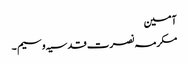
آمین
مکرمہ نصرت قدسیہ وسیم ۔